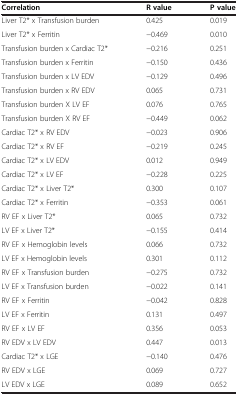
| Correlation | R value | P value |
 | --- | --- | --- |
 | Liver T2* x Transfusion burden | 0.425 | 0.019 |
 | Liver T2* x Ferritin | −0.469 | 0.010 |
 | Transfusion burden x Cardiac T2* | −0.216 | 0.251 |
 | Transfusion burden x Ferritin | −0.150 | 0.436 |
 | Transfusion burden x LV EDV | −0.129 | 0.496 |
 | Transfusion burden x RV EDV | 0.065 | 0.731 |
 | Transfusion burden X LV EF | 0.076 | 0.765 |
 | Transfusion burden X RV EF | −0.449 | 0.062 |
 | Cardiac T2* x RV EDV | −0.023 | 0.906 |
 | Cardiac T2* x RV EF | −0.219 | 0.245 |
 | Cardiac T2* x LV EDV | 0.012 | 0.949 |
 | Cardiac T2* x LV EF | −0.228 | 0.225 |
 | Cardiac T2* x Liver T2* | 0.300 | 0.107 |
 | Cardiac T2* x Ferritin | −0.353 | 0.061 |
 | RV EF x Liver T2* | 0.065 | 0.732 |
 | LV EF x Liver T2* | −0.155 | 0.414 |
 | RV EF x Hemoglobin levels | 0.066 | 0.732 |
 | LV EF x Hemoglobin levels | 0.301 | 0.112 |
 | RV EF x Transfusion burden | −0.275 | 0.732 |
 | LV EF x Transfusion burden | −0.022 | 0.141 |
 | RV EF x Ferritin | −0.042 | 0.828 |
 | LV EF x Ferritin | 0.131 | 0.497 |
 | RV EF x LV EF | 0.356 | 0.053 |
 | RV EDV x LV EDV | 0.447 | 0.013 |
 | Cardiac T2* x LGE | −0.140 | 0.476 |
 | RV EDV x LGE | 0.069 | 0.727 |
 | LV EDV x LGE | 0.089 | 0.652 |